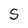
Character: S